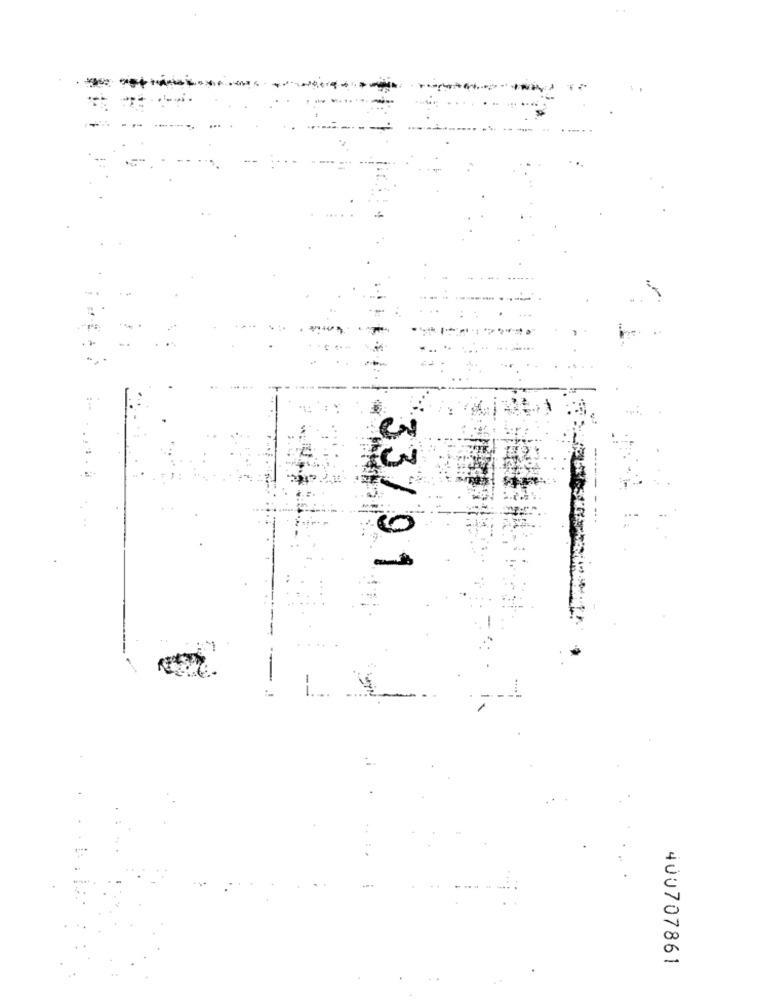
33/91
400707861